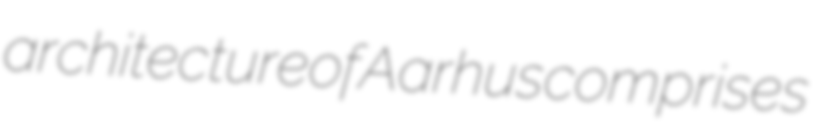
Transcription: architecture of Aarhus comprises